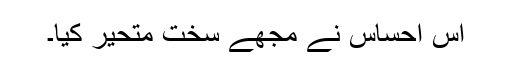
اس احساس نے مجھے سخت متحیر کیا۔